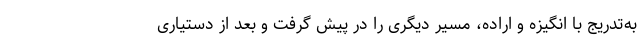
به‌تدریج با انگیزه و اراده، مسیر دیگری را در پیش گرفت و بعد از دستیاری